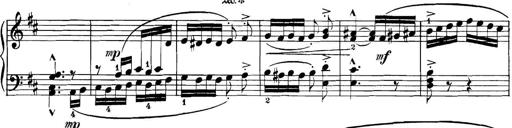
Title: 3 Sonatinas
Composer: Carl Reinecke